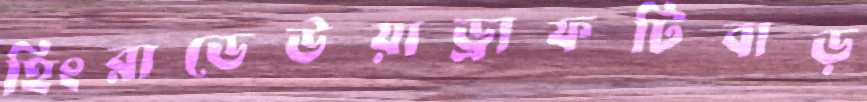
হিংরাডেউয়াড্রাফটিবাড়